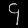
Digit: ၄